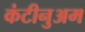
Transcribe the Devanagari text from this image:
कंटीनुअम